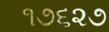
૧૭૬૨૭